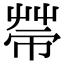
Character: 𢄆